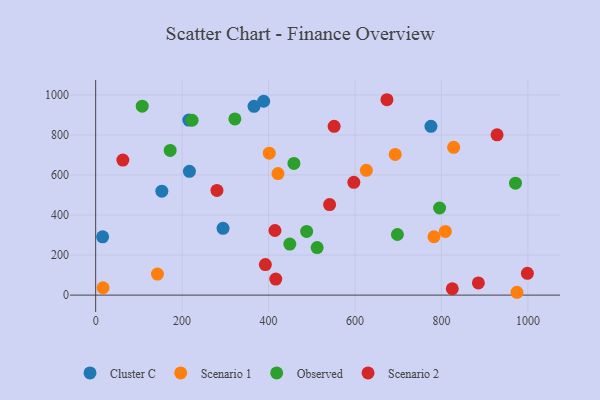
{"axis": {"x": "Investment", "y": "Salary"}, "legend": ["Cluster C", "Observed", "Scenario 1", "Scenario 2"], "data": [{"x": "153.1", "y": 519.0, "type": "Cluster C"}, {"x": "388.7", "y": 968.4, "type": "Cluster C"}, {"x": "216.9", "y": 618.1, "type": "Cluster C"}, {"x": "366.4", "y": 943.0, "type": "Cluster C"}, {"x": "16.1", "y": 291.3, "type": "Cluster C"}, {"x": "775.7", "y": 843.3, "type": "Cluster C"}, {"x": "294.7", "y": 333.4, "type": "Cluster C"}, {"x": "215.5", "y": 874.1, "type": "Cluster C"}, {"x": "401.6", "y": 708.8, "type": "Scenario 1"}, {"x": "421.8", "y": 607.1, "type": "Scenario 1"}, {"x": "809.0", "y": 318.2, "type": "Scenario 1"}, {"x": "828.2", "y": 738.3, "type": "Scenario 1"}, {"x": "142.9", "y": 104.8, "type": "Scenario 1"}, {"x": "17.1", "y": 36.6, "type": "Scenario 1"}, {"x": "782.7", "y": 291.6, "type": "Scenario 1"}, {"x": "693.0", "y": 702.9, "type": "Scenario 1"}, {"x": "974.7", "y": 14.1, "type": "Scenario 1"}, {"x": "626.2", "y": 623.2, "type": "Scenario 1"}, {"x": "698.1", "y": 302.7, "type": "Observed"}, {"x": "512.4", "y": 237.4, "type": "Observed"}, {"x": "322.1", "y": 879.9, "type": "Observed"}, {"x": "795.7", "y": 435.0, "type": "Observed"}, {"x": "488.1", "y": 318.3, "type": "Observed"}, {"x": "458.7", "y": 657.6, "type": "Observed"}, {"x": "449.2", "y": 255.1, "type": "Observed"}, {"x": "971.3", "y": 559.0, "type": "Observed"}, {"x": "107.7", "y": 943.8, "type": "Observed"}, {"x": "172.4", "y": 722.9, "type": "Observed"}, {"x": "223.1", "y": 873.5, "type": "Observed"}, {"x": "885.4", "y": 61.0, "type": "Scenario 2"}, {"x": "62.9", "y": 674.7, "type": "Scenario 2"}, {"x": "416.7", "y": 79.8, "type": "Scenario 2"}, {"x": "541.2", "y": 452.1, "type": "Scenario 2"}, {"x": "597.3", "y": 563.4, "type": "Scenario 2"}, {"x": "928.7", "y": 800.6, "type": "Scenario 2"}, {"x": "414.8", "y": 322.6, "type": "Scenario 2"}, {"x": "280.6", "y": 522.9, "type": "Scenario 2"}, {"x": "392.6", "y": 152.7, "type": "Scenario 2"}, {"x": "551.7", "y": 843.3, "type": "Scenario 2"}, {"x": "825.1", "y": 31.8, "type": "Scenario 2"}, {"x": "998.8", "y": 109.0, "type": "Scenario 2"}, {"x": "673.9", "y": 976.0, "type": "Scenario 2"}]}